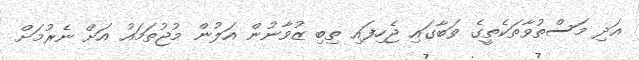
އަދި މަސްތުވާތަކެތީގެ ވަބާގައި ޖެހިފައި ތިބި ޒުވާނުން އަލުން މުޖުތަމައު އަށް ނެރުމަށް